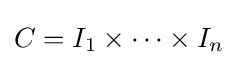
C=I_{1}\times \cdots \times I_{n}